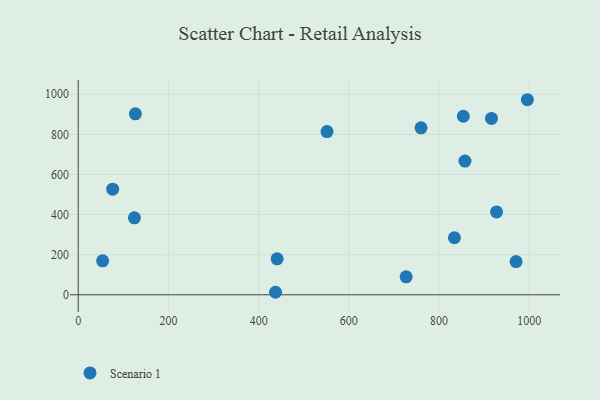
{"axis": {"x": "Experience", "y": "Rating"}, "legend": ["Scenario 1"], "data": [{"x": "54.1", "y": 169.6, "type": "Scenario 1"}, {"x": "927.5", "y": 413.4, "type": "Scenario 1"}, {"x": "995.8", "y": 972.9, "type": "Scenario 1"}, {"x": "853.8", "y": 890.4, "type": "Scenario 1"}, {"x": "727.0", "y": 89.7, "type": "Scenario 1"}, {"x": "551.6", "y": 814.0, "type": "Scenario 1"}, {"x": "76.4", "y": 526.5, "type": "Scenario 1"}, {"x": "834.0", "y": 284.5, "type": "Scenario 1"}, {"x": "124.6", "y": 384.0, "type": "Scenario 1"}, {"x": "760.0", "y": 832.9, "type": "Scenario 1"}, {"x": "437.4", "y": 12.5, "type": "Scenario 1"}, {"x": "857.4", "y": 666.8, "type": "Scenario 1"}, {"x": "441.0", "y": 179.4, "type": "Scenario 1"}, {"x": "126.7", "y": 902.8, "type": "Scenario 1"}, {"x": "916.2", "y": 879.7, "type": "Scenario 1"}, {"x": "970.8", "y": 165.7, "type": "Scenario 1"}]}